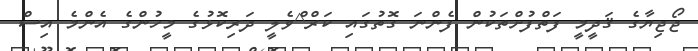
ޖޯޖިޔާގެ ޤަދީމީ ފަތްފުށްތަކުން ފެންނަ ގޮތުގައި ކަރް^ްވެލީ ދަރިކޮޅުގެ މީހުންގެ އެންމެ އިސް